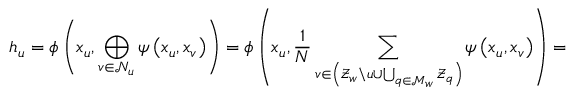
h _ { u } = \phi \left( x _ { u } , \bigoplus _ { v \in \mathcal { N } _ { u } } \psi \left( x _ { u } , x _ { v } \right) \right) = \phi \left( x _ { u } , \frac { 1 } { N } \sum _ { v \in \left( \mathcal { Z } _ { w } \backslash u \cup \bigcup _ { q \in \mathcal { M } _ { w } } \mathcal { Z } _ { q } \right) } \psi \left( x _ { u } , x _ { v } \right) \right) =